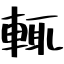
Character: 輒